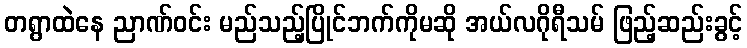
တရွာထဲနေ ညာဏ်ဝင်း မည်သည့်ပြိုင်ဘက်ကိုမဆို အယ်လဂိုရီသမ် ဖြည့်ဆည်းခွင့်